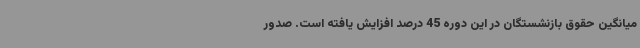
میانگین حقوق بازنشستگان در این دوره 45 درصد افزایش یافته است. صدور